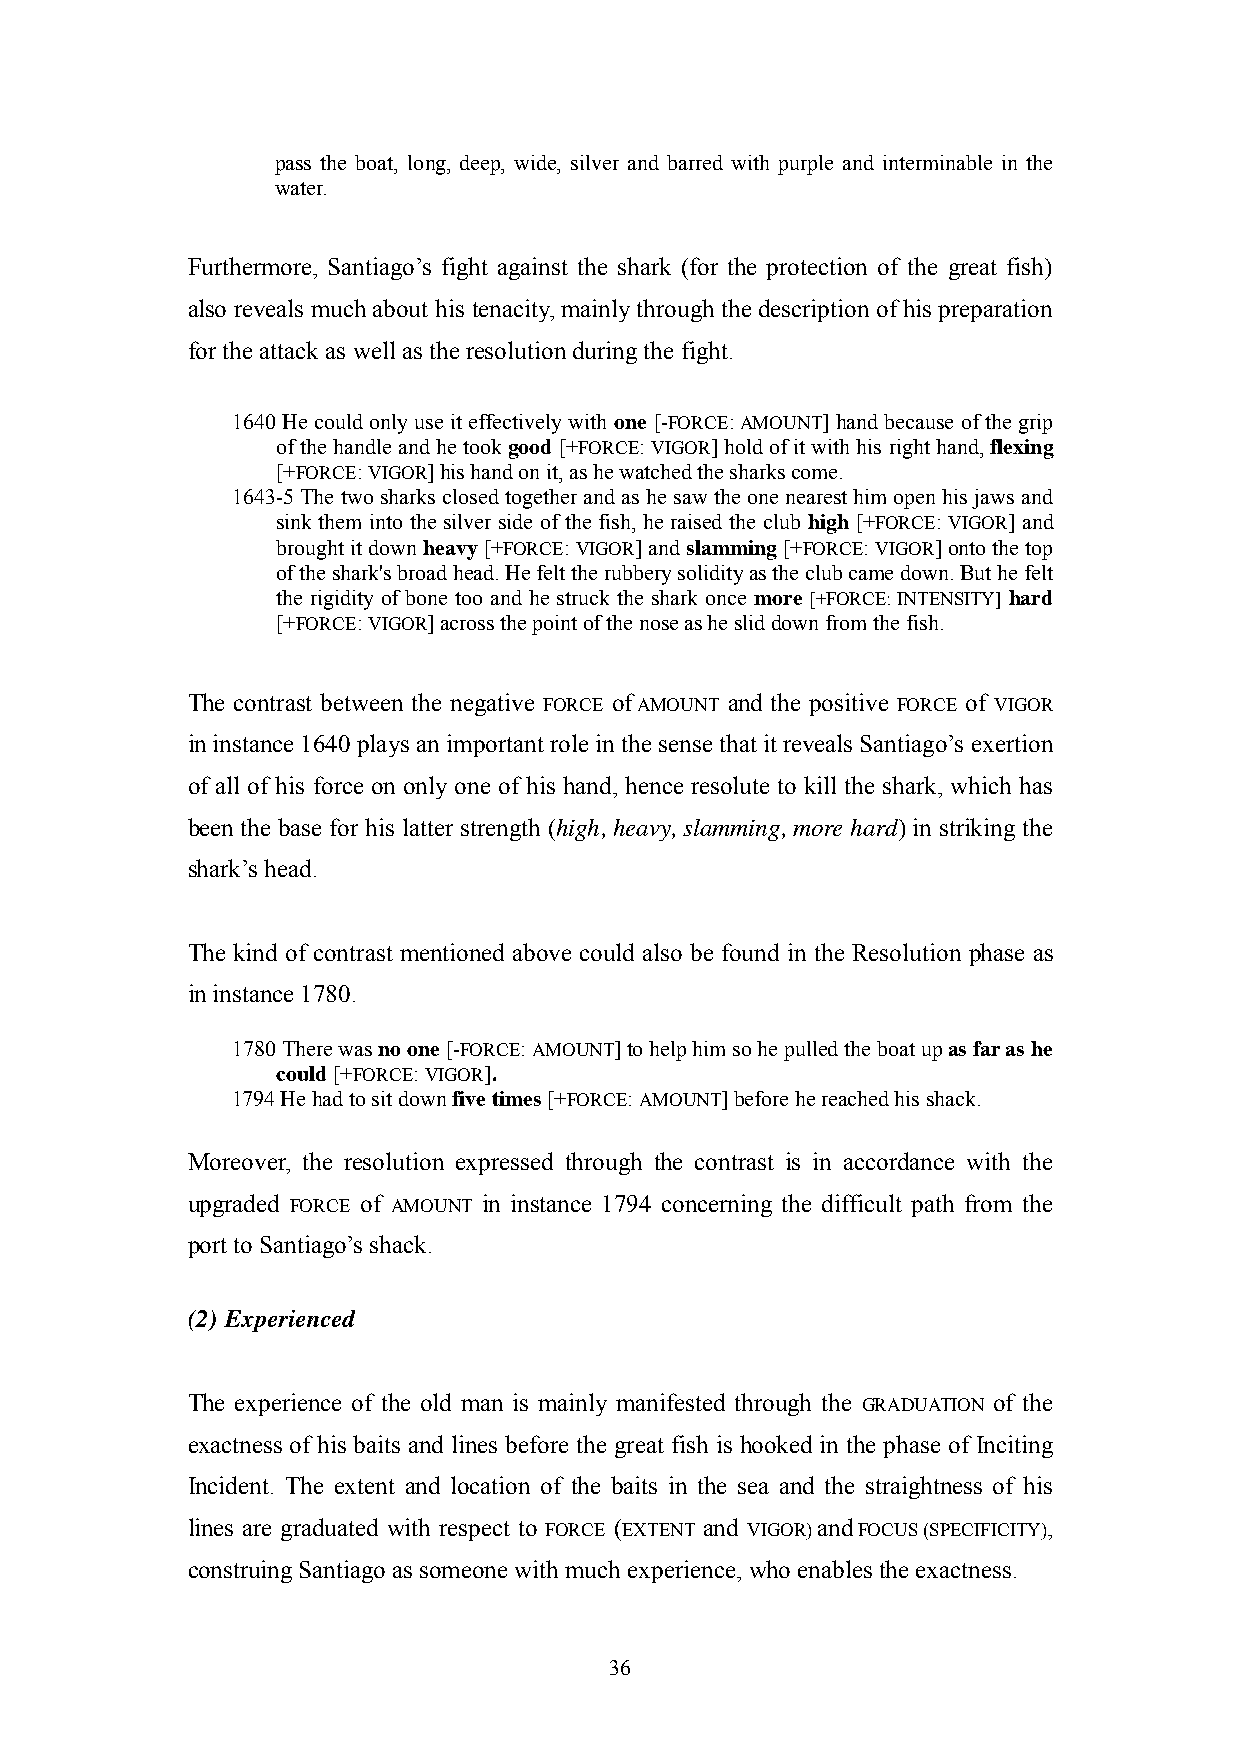
pass the boat, long, deep, wide, silver and barred with purple and interminable in the
 water.
 Furthermore, Santiago‘s fight against the shark (for the protection of the great fish)
 also reveals much about his tenacity, mainly through the description of his preparation
 for the attack as well as the resolution during the fight.
 1640 He could only use it effectively with one [-FORCE: AMOUNT] hand because of the grip
 of the handle and he took good [+FORCE: VIGOR] hold of it with his right hand, flexing
 [+FORCE: VIGOR] his hand on it, as he watched the sharks come.
 1643-5 The two sharks closed together and as he saw the one nearest him open his jaws and
 sink them into the silver side of the fish, he raised the club high [+FORCE: VIGOR] and
 brought it down heavy [+FORCE: VIGOR] and slamming [+FORCE: VIGOR] onto the top
 of the shark's broad head. He felt the rubbery solidity as the club came down. But he felt
 the rigidity of bone too and he struck the shark once more [+FORCE: INTENSITY] hard
 [+FORCE: VIGOR] across the point of the nose as he slid down from the fish.
 The contrast between the negative FORCE of AMOUNT and the positive FORCE of VIGOR
 in instance 1640 plays an important role in the sense that it reveals Santiago‘s exertion
 of all of his force on only one of his hand, hence resolute to kill the shark, which has
 been the base for his latter strength (high, heavy, slamming, more hard) in striking the
 shark‘s head.
 The kind of contrast mentioned above could also be found in the Resolution phase as
 in instance 1780.
 1780 There was no one [-FORCE: AMOUNT] to help him so he pulled the boat up as far as he
 could [+FORCE: VIGOR].
 1794 He had to sit down five times [+FORCE: AMOUNT] before he reached his shack.
 Moreover, the resolution expressed through the contrast is in accordance with the
 upgraded FORCE of AMOUNT in instance 1794 concerning the difficult path from the
 port to Santiago‘s shack.
 (2) Experienced
 The experience of the old man is mainly manifested through the GRADUATION of the
 exactness of his baits and lines before the great fish is hooked in the phase of Inciting
 Incident. The extent and location of the baits in the sea and the straightness of his
 lines are graduated with respect to FORCE (EXTENT and VIGOR) and FOCUS (SPECIFICITY),
 construing Santiago as someone with much experience, who enables the exactness.
 36